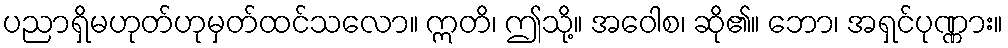
ပညာရှိမဟုတ်ဟုမှတ်ထင်သလော။ ဣတိ၊ ဤသို့။ အဝေါစ၊ ဆို၏။ ဘော၊ အရှင်ပုဏ္ဏား။